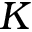
K